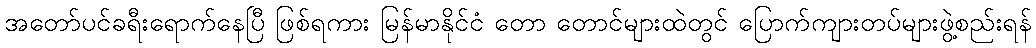
အတော်ပင်ခရီးရောက်နေပြီ ဖြစ်ရကား မြန်မာနိုင်ငံ တော တောင်များထဲတွင် ပြောက်ကျားတပ်များဖွဲ့စည်းရန်